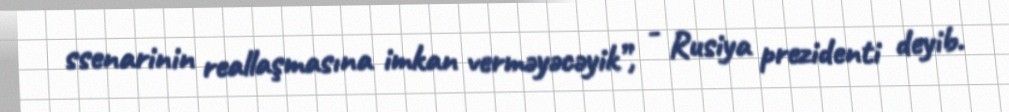
ssenarinin reallaşmasına imkan verməyəcəyik”, - Rusiya prezidenti deyib.